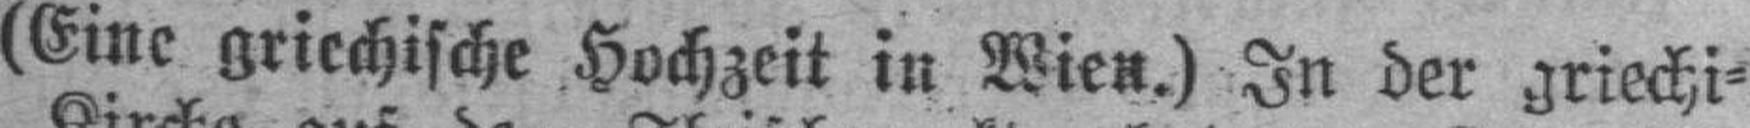
(Eine griechische Hochzeit in Wien.) In der griechi¬